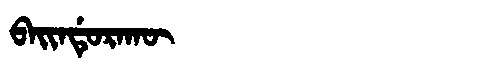
Manchu: ᠪᠠᡳᠨᡩᡠᡵᠠᡴᡡ
Romanization: BAINDURAKŪ